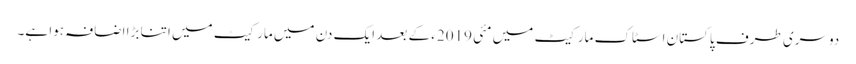
دوسری طرف پاکستان اسٹاک مارکیٹ میں مئی 2019ء کے بعد ایک دن میں مارکیٹ میں اتنا بڑا اضافہ ہوا ہے۔